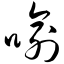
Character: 喻